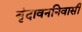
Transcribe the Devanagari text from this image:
बृंदावननिवासी